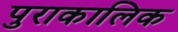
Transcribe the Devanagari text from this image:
पुराकालिक